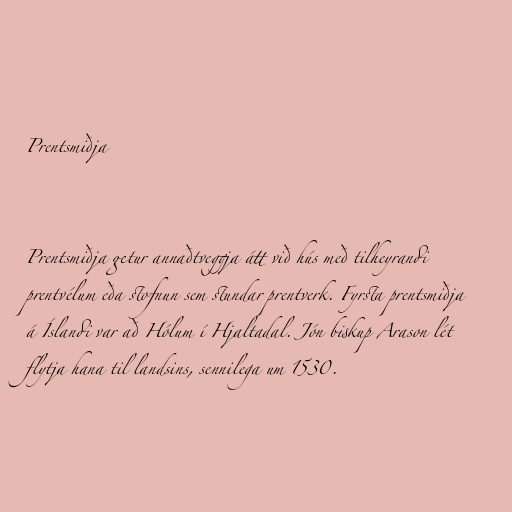
Prentsmiðja

Prentsmiðja getur annaðtveggja átt við hús með tilheyrandi
prentvélum eða stofnun sem stundar prentverk. Fyrsta prentsmiðja
á Íslandi var að Hólum í Hjaltadal. Jón biskup Arason lét
flytja hana til landsins, sennilega um 1530.